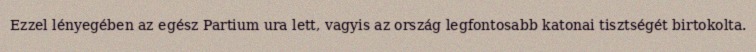
Ezzel lényegében az egész Partium ura lett, vagyis az ország legfontosabb katonai tisztségét birtokolta.